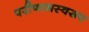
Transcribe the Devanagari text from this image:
परीणामस्वरूप